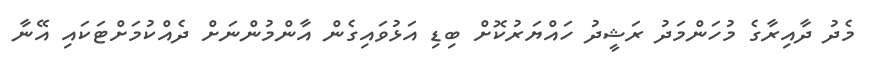
މެދު ދާއިރާގެ މުހަންމަދު ރަޝީދު ހައްޔަރުކޮށް ބިޑި އަޅުވައިގެން އާންމުންނަށް ދެއްކުމަށްޓަކައި އޭނާ